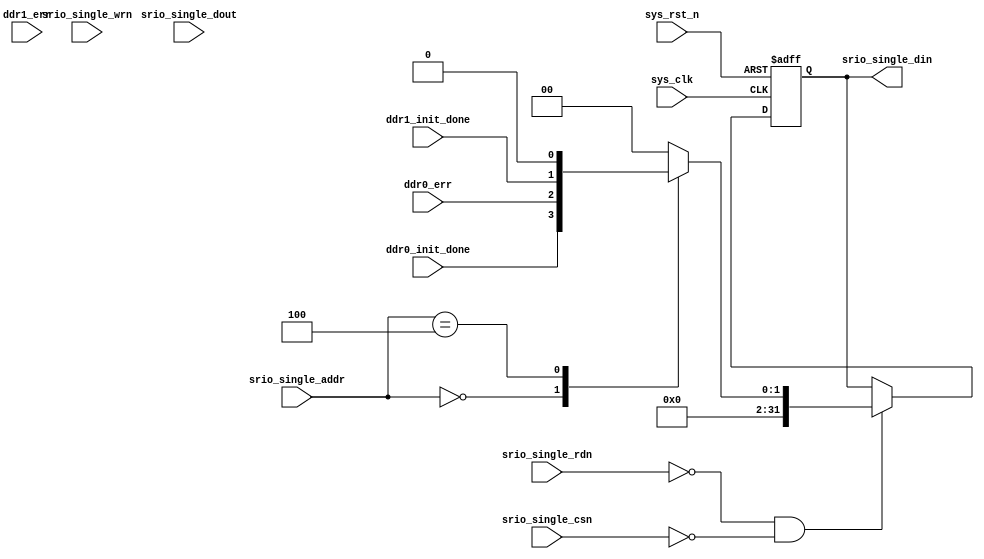
module port_err_total
(
  input                      sys_clk,
  input                      sys_rst_n,
  
  input                      srio_single_rdn,
  input                      srio_single_wrn,
  input                      srio_single_csn,
  input            [7:0]     srio_single_addr,
  input            [31:0]    srio_single_dout,
  output    reg    [31:0]    srio_single_din,
  
  input                      ddr0_init_done,
  input                      ddr0_err,
  input                      ddr1_init_done,
  input                      ddr1_err
);

  always@(posedge sys_clk or negedge sys_rst_n)
      if (!sys_rst_n)
          srio_single_din    <=    32'b0;
      else if (!srio_single_rdn & !srio_single_csn)
      begin
      	  case (srio_single_addr)
      	      8'h00: srio_single_din    <=    {30'b0, ddr0_init_done, ddr0_err};
      	      8'h04: srio_single_din    <=    {30'b0, ddr1_init_done, 1'b0};
					default: srio_single_din    <=   32'b0; 
				endcase
      end
      
endmodule